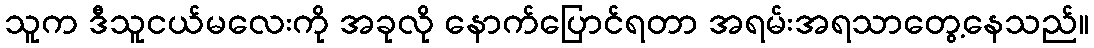
သူက ဒီသူငယ်မလေးကို အခုလို နောက်ပြောင်ရတာ အရမ်းအရသာတွေ့နေသည်။